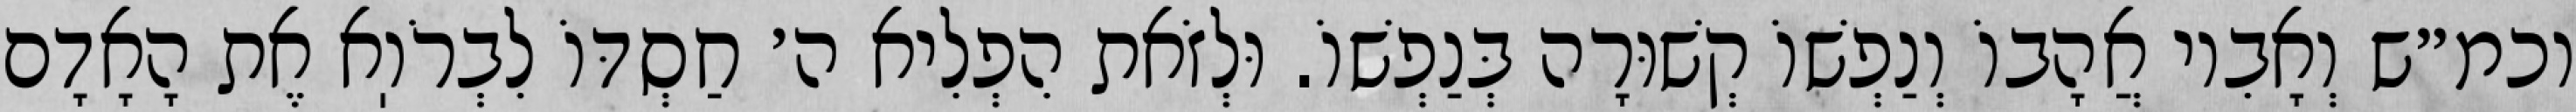
וכמ״ש וְאָבִיו אֲהָבוֹ וְנַפְשׁוֹ קְשׁוּרָה בְּנַפְשׁוֹ. וּלְזֹאת הִפְלִיא ה׳ חַסְדּוֹ לִבְרֹוֽא אֶת הָאָדָם